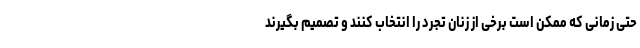
حتی زمانی که ممکن است برخی از زنان تجرد را انتخاب کنند و تصمیم بگیرند